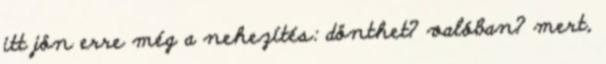
itt jön erre még a nehezítés: dönthet? valóban? mert,